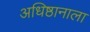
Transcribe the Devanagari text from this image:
अधिष्ठानाला